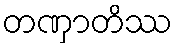
တဏှာတိဿ